Vaccination in the Punjab 1905-1918 - 1905-1918
Year: 1905
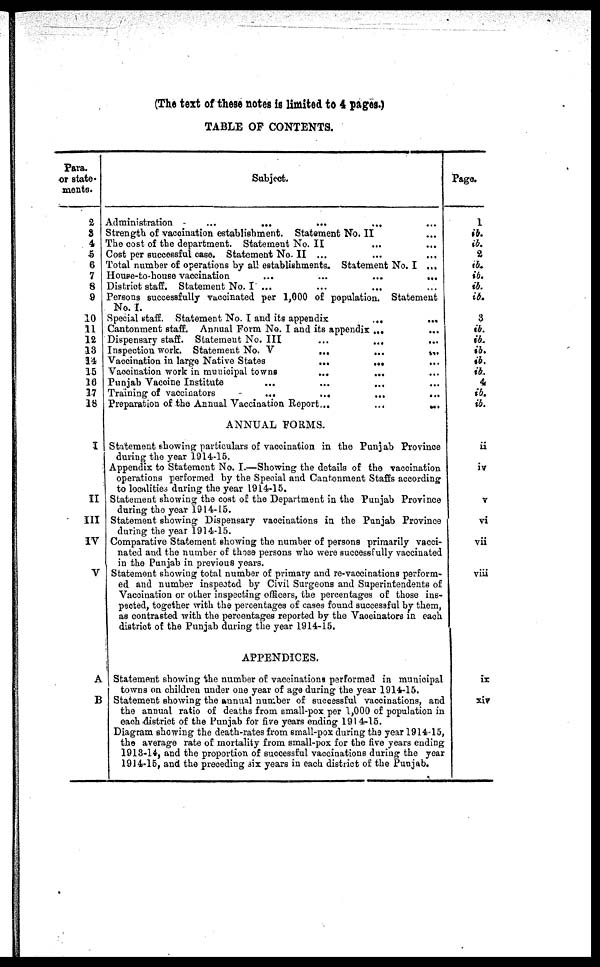
(The text of these notes is limited to 4 pages.)
TABLE OF CONTENTS.
Para.
or state¬
merits.
2
8
4
5
6
7
8
9
10
11
12
13
14
16
16
17
18
I
II
III
IV
V
A
B
Subject.
Administration
...
...
...
...
Strength of vaccination establishment. Statement No. II ...
The cost of the department. Statement No. II ... ...
Cost per successful case. Statement No.II ... ... ...
Total number of operations by all establishments. Statement No. I ...
House-to-house vaccination
...
...
...
...
District staff. Statement No. I ... ... ... ...
Persons successfully vaccinated per 1,000 of population. Statement
No. I.
Special staff. Statement No. I and its appendix
...
...
Cantonment staff. Annual Form No. I and its appendix ... ...
Dispensary staff. Statement No. III
...
... ...
Inspection work. Statement No. V
...
...
...
Vaccination in large Native States
...
... ...
Vaccination work in municipal towns
... ... ...
Punjab Vaccine Institute
...
...
...
Training of vaccinators
...
...
...
Preparation of the Annual Vaccination Report...
...
...
ANNUAL FORMS.
Statement showing particulars of vaccination in the Punjab Province
during the year 1914-15.
Appendix to Statement No. I.—Showing the details of the vaccination
operations performed by the Special and Cantonment Staffs according
to localities daring the year 1914-15.
Statement showing the cost of the Department in the Punjab Province
during the year 1914-15.
Statement showing Dispensary vaccinations in the Punjab Province
during the year 1914-15.
Comparative Statement showing the number of persons primarily vacci-
nated and the number of those persons who were successfully vaccinated
in the Punjab in previous years.
Statement showing total number of primary and re-vaccinations perform-
ed and number inspected by Civil Surgeons and Superintendents of
Vaccination or other inspecting officers, the percentages of those ins-
pected, together with the percentages of cases found successful by them,
as contrasted with the percentages reported by the Vaccinators in each
district of the Punjab during the year 1914-15.
APPENDICES.
Statement showing the number of vaccinations performed in municipal
towns on children under one year of age during the year 1914-15.
Statement showing the annual number of successful vaccinations, and
the annual ratio of deaths from small-pox per 1,000 of population in
each district of the Punjab for five years ending 1914-16.
Diagram showing the death-rates from small-pox during the year 1914 15,
the average rate of mortality from small-pox for the five years ending
1918-14, and the proportion of successful vaccinations during the year
1914-15, and the preceding six years in each district of the Punjab.
Page.
1
ib.
ib.
2
ib.
ib.
ib.
ib.
3
ib.
ib.
ib.
ib.
ib.
4
ib.
ib.
ii
iv
v
vi
vii
viii
ix
xiv